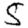
Digit: 5